Plague in India, 1896, 1897 - Volume 3
Year: 1896
Disease focus: Plague
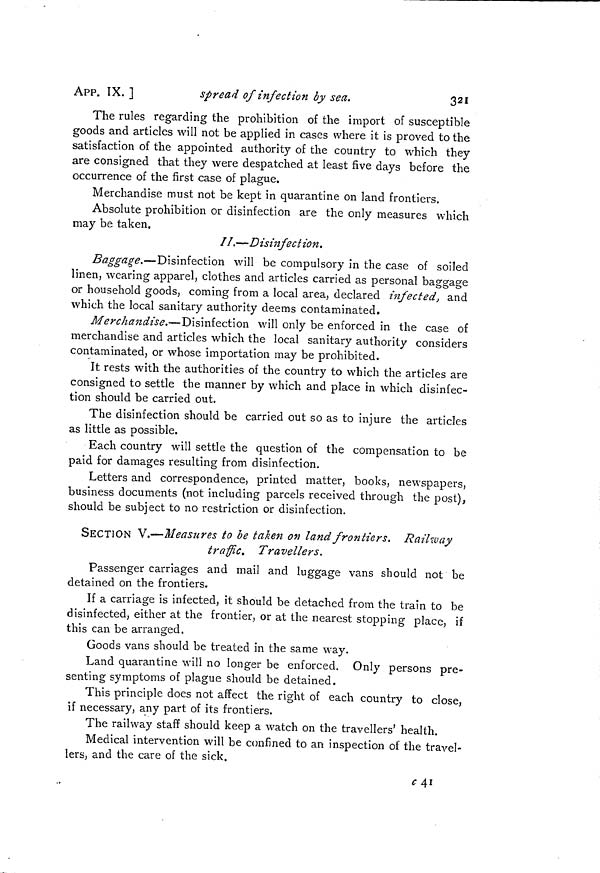
APP. IX. ]
spread of infection by sea,
321
The rules regarding the prohibition of the import of susceptible
goods and articles will not be applied in cases where it is proved to the
satisfaction of the appointed authority of the country to which they
are consigned that they were despatched at least five days before the
occurrence of the first case of plague.
Merchandise must not be kept in quarantine on land frontiers.
Absolute prohibition or disinfection are the only measures which
may be taken.
//.—Disinfection.
Baggage.-—Disinfection will be compulsory in the case of soiled
linen, wearing apparel, clothes and articles carried as personal baggage
or household goods, coming from a local area, declared infected, and
which the local sanitary authority deems contaminated.
Merchandise.—Disinfection will only be enforced in the case of
merchandise and articles which the local sanitary authority considers
contaminated, or whose importation may be prohibited.
It rests with the authorities of the country to which the articles are
consigned to settle the manner by which and place in which disinfec-
tion should be carried out.
The disinfection should be carried out so as to injure the articles
as little as possible.
Each country will settle the question of the compensation to be
paid for damages resulting from disinfection.
Letters and correspondence, printed matter, books, newspapers,
business documents (not including parcels received through the post),
should be subject to no restriction or disinfection.
SECTION V.—Measures to be taken on land frontiers. Railway
traffic.
Travellers.
Passenger carriages and mail and luggage vans should not be
detained on the frontiers.
If a carriage is infected, it should be detached from the train to be
disinfected, either at the frontier, or at the nearest stopping place, if
this can be arranged.
Goods vans should be treated in the same way.
Land quarantine will no longer be enforced. Only persons pre-
senting symptoms of plague should be detained.
This principle does not affect the right of each country to close,
if necessary, any part of its frontiers.
The railway staff should keep a watch on the travellers' health.
Medical intervention will be confined to an inspection oï the travel-
lers, and the care of the sick.
c 41